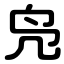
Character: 凫